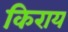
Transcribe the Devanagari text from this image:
किराय